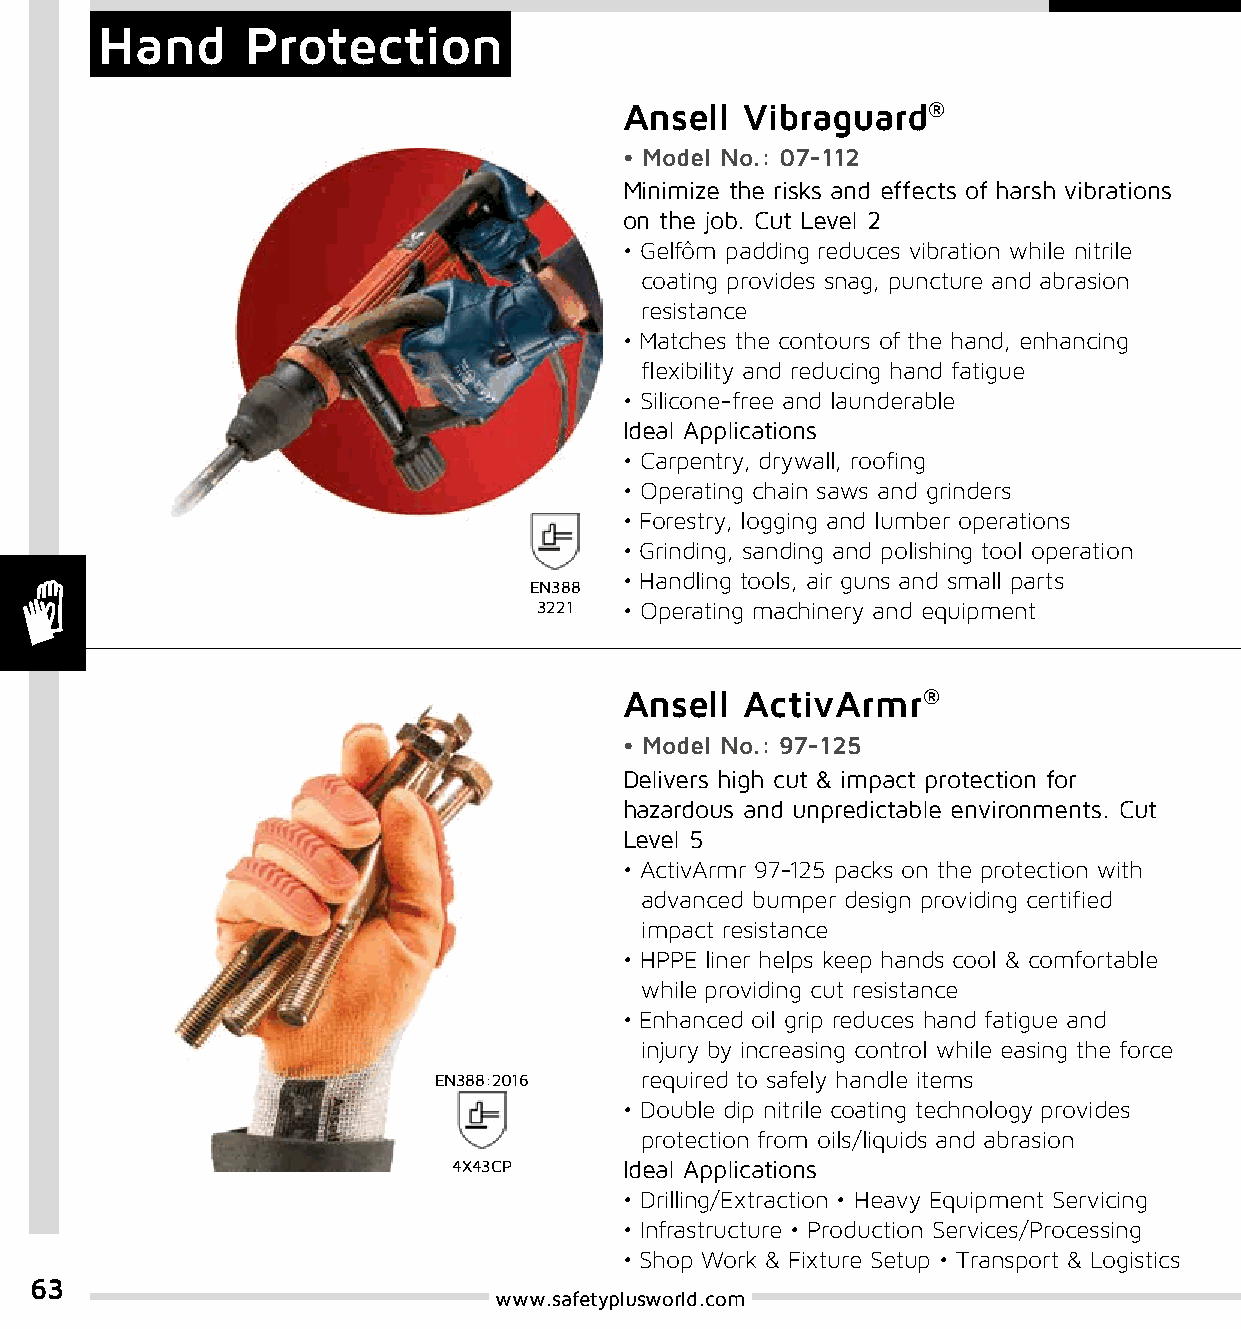
Hand      Protection
 Ansell  Vibraguard®
 • Model No.: 07-112
 Minimize the risks and effects of harsh vibrations
 on the job. Cut Level 2
 • Gelfôm padding reduces vibration while nitrile
 coating provides snag, puncture and abrasion
 resistance
 • Matches the contours of the hand, enhancing
 flexibility and reducing hand fatigue
 • Silicone-free and launderable
 Ideal Applications
 • Carpentry, drywall, roofing
 • Operating chain saws and grinders
 • Forestry, logging and lumber operations
 • Grinding, sanding and polishing tool operation
 • Handling tools, air guns and small parts
 EN388
 3221 • Operating machinery and equipment
 Ansell  ActivArmr®
 • Model No.: 97-125
 Delivers high cut & impact protection for
 hazardous and unpredictable environments. Cut
 Level 5
 • ActivArmr 97-125 packs on the protection with
 advanced bumper design providing certified
 impact resistance
 • HPPE liner helps keep hands cool & comfortable
 while providing cut resistance
 • Enhanced oil grip reduces hand fatigue and
 injury by increasing control while easing the force
 EN388:2016   required to safely handle items
 • Double dip nitrile coating technology provides
 protection from oils/liquids and abrasion
 4X43CP     Ideal Applications
 • Drilling/Extraction • Heavy Equipment Servicing
 • Infrastructure • Production Services/Processing
 • Shop Work & Fixture Setup • Transport & Logistics
 63
 www.safetyplusworld.com